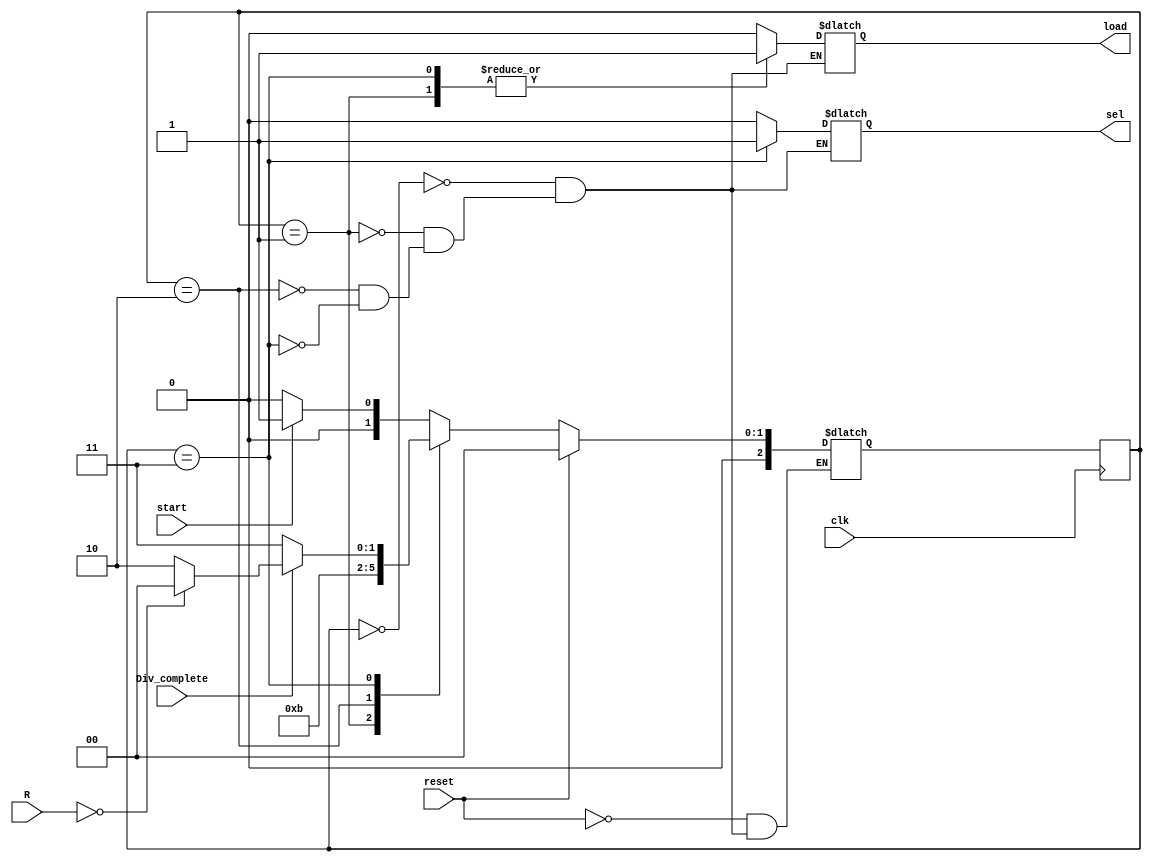
module GCD_CC (start,clk,Div_complete,R,sel,load,reset);

input start,clk,Div_complete,reset;
input [7:0] R;
output sel,load;
reg [2:0] cs,ns;
reg sel,load;

always @(posedge clk)

cs<=ns;

always @(cs)
case (cs)
2'd0:begin
     load<=1'd0;
	  sel<=1'd0;
	  end
2'd1:begin
     load<=1'd1;
	  sel<=1'd0;
	  end
2'd2:begin
     load<=1'd0;
	  sel<=1'd0;
	  end 
2'd3:begin
     load<=1'd1;
	  sel<=1'd1;
	  end
2'd4:begin
     load<=1'd0;
	  sel<=1'd0;
	  end
endcase 

always @(reset or cs or start or R or Div_complete)
if(reset==1'd1)
   ns<=2'd0;
else
   case (cs)
	2'd0:ns<=(start)?2'd1:2'd0;
	2'd1:ns<=2'd2;
	2'd2:ns<=2'd3;
	2'd3:
	     if (Div_complete)
		    if(R==0)
			 ns<=2'd4;
			 else
			 ns<=2'd2;
			 else
			 ns<=2'd3;
			 
	2'd4:ns<=2'd0;
	endcase
	endmodule